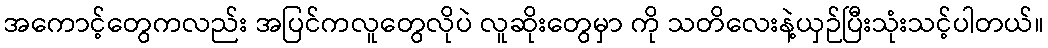
အကောင့်တွေကလည်း အပြင်ကလူတွေလိုပဲ လူဆိုးတွေမှာ ကို သတိလေးနဲ့ယှဉ်ပြီးသုံးသင့်ပါတယ်။